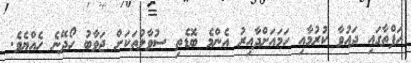
ހަފްތާގައި ދައުވާ ކުރުމާއި ހަމައަށްދާއިރު އެންމެ ބޮޑެތި ސުވާލުތަކަށް ޖަވާބު ހޯދޭނެ ހެއްޔެވެ.